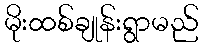
မိုးထစ်ချုန်းရွာမည်